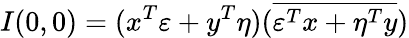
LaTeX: I(0,0)=(x^{T}\varepsilon+y^{T}\eta)(\overline{{\varepsilon^{T}x+\eta^{T}y}})